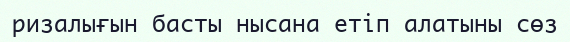
ризалығын басты нысана етіп алатыны сөз